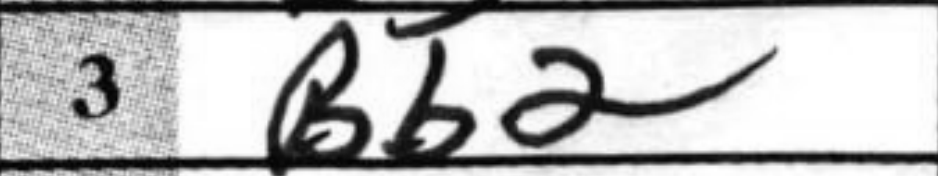
Transcription: Bb2